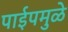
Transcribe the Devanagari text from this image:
पाईपमुळे